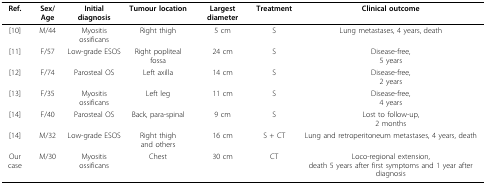
| Ref. | Sex/Age | Initial diagnosis | Tumour location | Largest diameter | Treatment | Clinical outcome |
 | --- | --- | --- | --- | --- | --- | --- |
 | [10] | M/44 | Myositis ossificans | Right thigh | 5 cm | S | Lung metastases, 4 years, death |
 | [11] | F/57 | Low-grade ESOS | Right popliteal fossa | 24 cm | S | Disease-free,5 years |
 | [12] | F/74 | Parosteal OS | Left axilla | 14 cm | S | Disease-free,2 years |
 | [13] | F/35 | Myositis ossificans | Left leg | 11 cm | S | Disease-free,4 years |
 | [14] | F/40 | Parosteal OS | Back, para-spinal | 9 cm | S | Lost to follow-up,2 months |
 | [14] | M/32 | Low-grade ESOS | Right thighand others | 16 cm | S + CT | Lung and retroperitoneum metastases, 4 years, death |
 | Our case | M/30 | Myositis ossificans | Chest | 30 cm | CT | Loco-regional extension,death 5 years after first symptoms and 1 year after diagnosis |